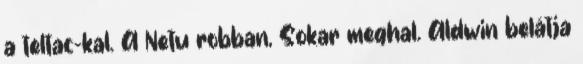
a teltac-kal. A Netu robban, Sokar meghal. Aldwin belátja